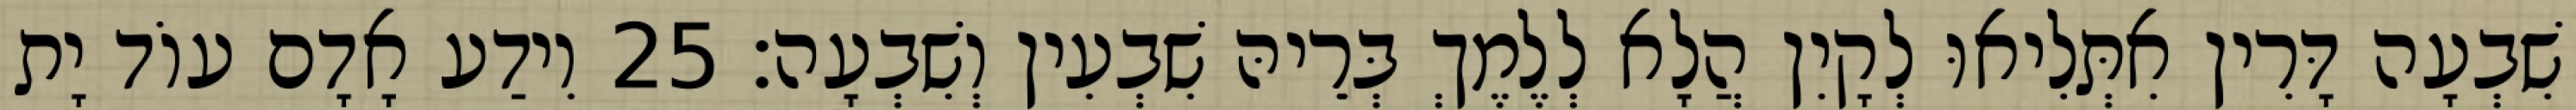
שִׁבְעָה דָּרִין אִתְּלִיאוּ לְקָיִן הֲלָא לְלֶמֶךְ בְּרֵיהּ שִׁבְעִין וְשִׁבְעָה׃ 25 וִידַע אָדָם עוֹד יָת